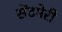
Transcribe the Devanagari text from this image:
सेंटमेरी